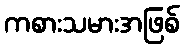
ကစားသမားအဖြစ်